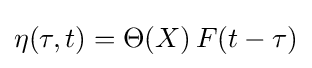
\eta (\tau ,t)=\Theta (X)\,F(t-\tau )